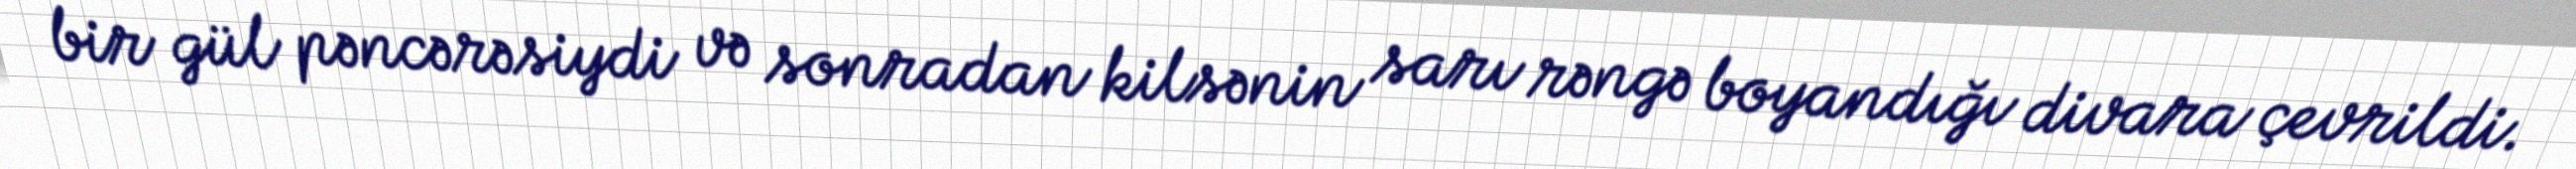
bir gül pəncərəsiydi və sonradan kilsənin sarı rəngə boyandığı divara çevrildi.